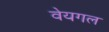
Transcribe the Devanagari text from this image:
वेयगल